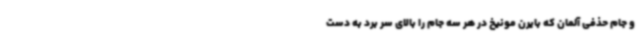
و جام حذفی آلمان که بایرن مونیخ در هر سه جام را بالای سر برد به دست